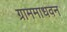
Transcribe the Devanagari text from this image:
ग्राममाधवन